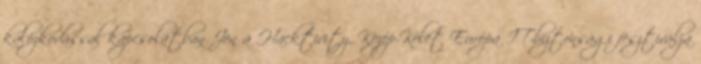
kalózkodással kapcsolatban Jön a Hacktivity, Közép-Kelet Európa IT-biztonsági fesztiválja